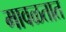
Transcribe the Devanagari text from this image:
मावळतात